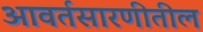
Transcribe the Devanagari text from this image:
आवर्तसारणीतील